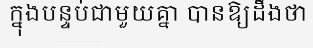
ក្នុងបន្ទប់ជាមួយគ្នា បានឱ្យដឹងថា